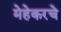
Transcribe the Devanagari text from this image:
मेहेकरचे